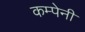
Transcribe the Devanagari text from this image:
कम्पेनी